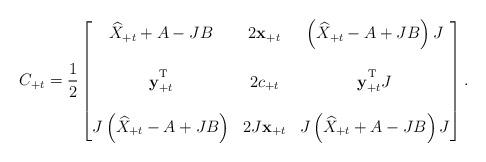
LaTeX: \begin{align*}C_{+t}=\frac{1}{2}\begin{bmatrix}\widehat{X}_{+t}+A-JB & 2\mathbf{x}_{+t} & \left(\widehat{X}_{+t}-A+JB\right)J \\ \\\mathbf{y}_{+t}^{\textsuperscript{T}} & 2c_{+t} & \mathbf{y}_{+t}^{\textsuperscript{T}}J \\ \\J\left(\widehat{X}_{+t}-A+JB\right) & 2J\mathbf{x}_{+t} & J\left(\widehat{X}_{+t}+A-JB\right)J\end{bmatrix}.\end{align*}